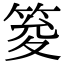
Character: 𥭟